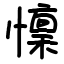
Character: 懍